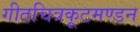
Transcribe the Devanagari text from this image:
गीतचित्रकूटमण्डन